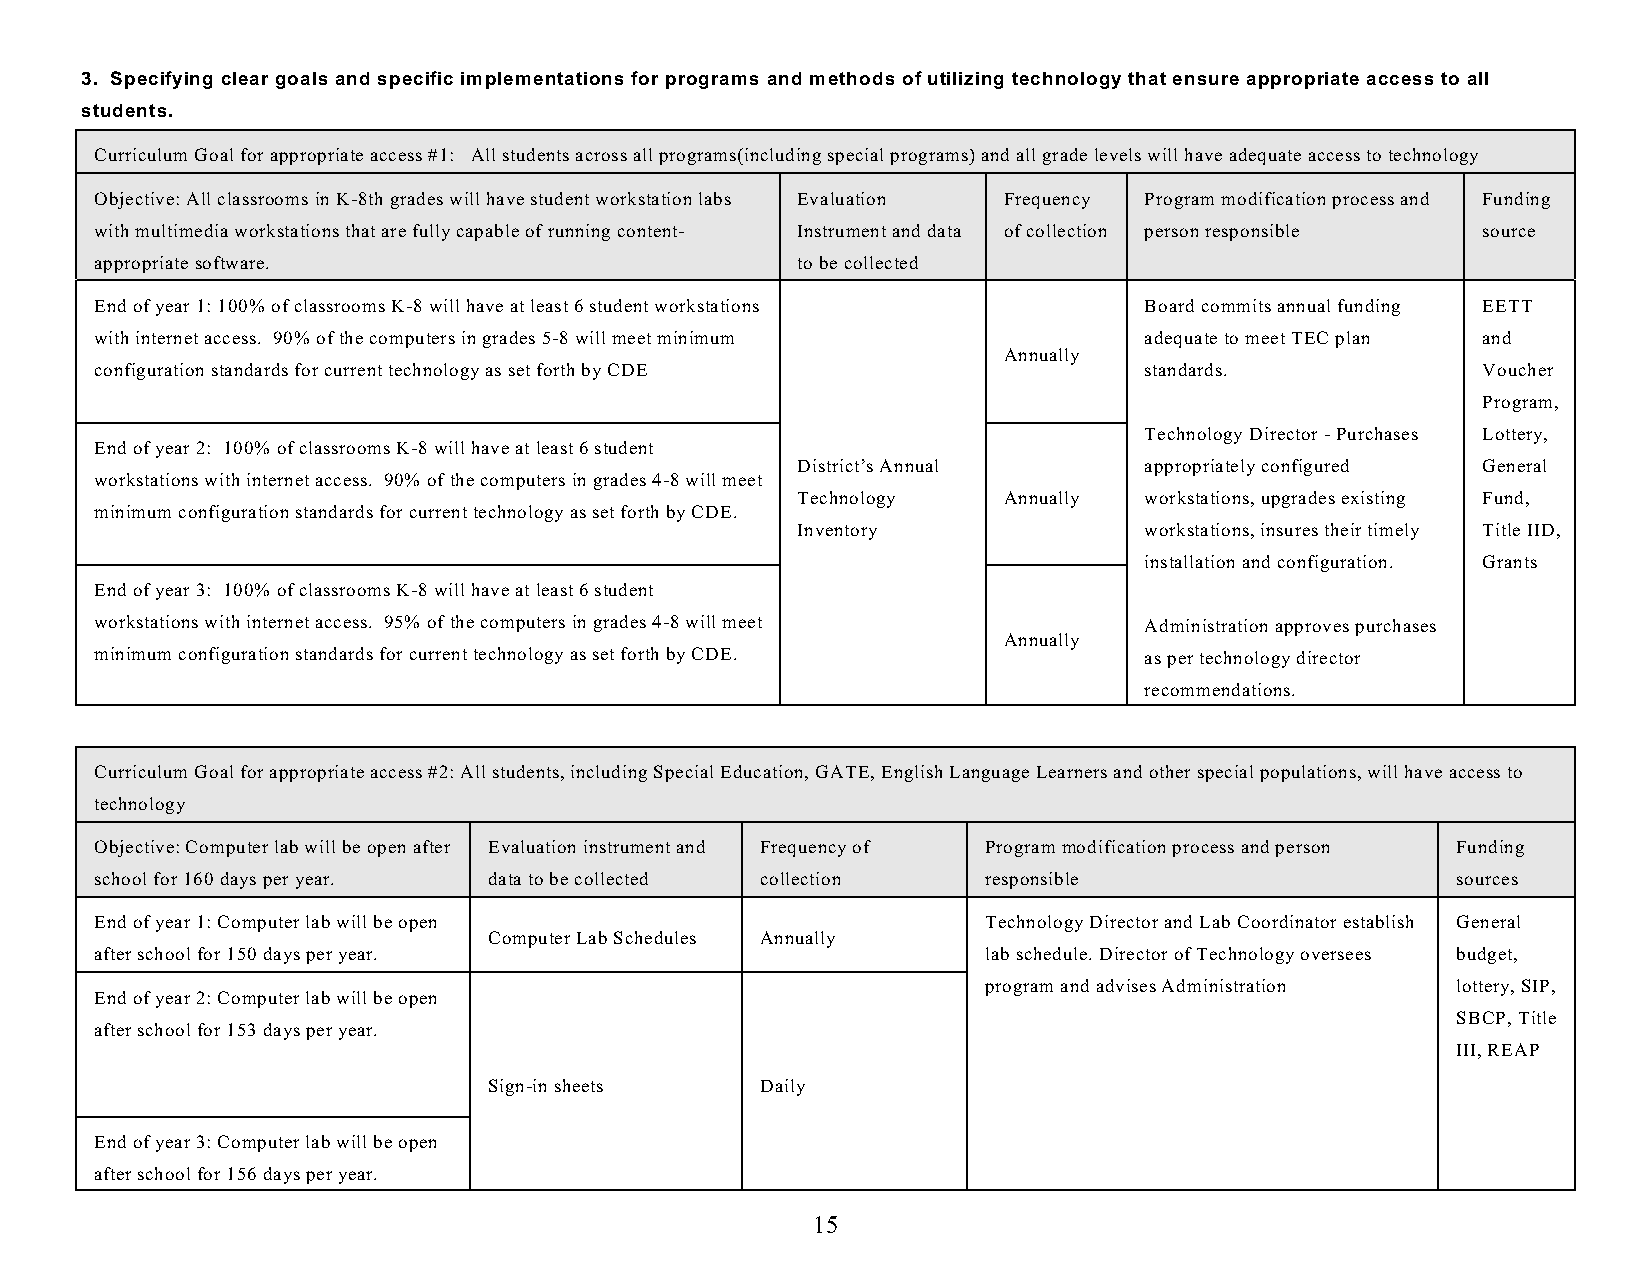
3. Specifying clear goals and specific implementations for programs and methods of utilizing technology that ensure appropriate access to all
 students.
 Curriculum Goal for appropriate access #1: All students across all programs(including special programs) and all grade levels will have adequate access to technology
 Objective: All classrooms in K-8th grades will have student workstation labs Evaluation Frequency Program modification process and Funding
 with multimedia workstations that are fully capable of running content- Instrument and data of collection person responsible source
 appropriate software.                          to be collected
 End of year 1: 100% of classrooms K-8 will have at least 6 student workstations Board commits annual funding EETT
 with internet access. 90% of the computers in grades 5-8 will meet minimum adequate to meet TEC plan and
 Annually
 configuration standards for current technology as set forth by CDE    standards.            Voucher
 Program,
 Technology Director - Purchases Lottery,
 End of year 2: 100% of classrooms K-8 will have at least 6 student
 District’s Annual      appropriately configured General
 workstations with internet access. 90% of the computers in grades 4-8 will meet
 Technology   Annually  workstations, upgrades existing Fund,
 minimum configuration standards for current technology as set forth by CDE.
 Inventory              workstations, insures their timely Title IID,
 installation and configuration. Grants
 End of year 3: 100% of classrooms K-8 will have at least 6 student
 workstations with internet access. 95% of the computers in grades 4-8 will meet Administration approves purchases
 Annually
 minimum configuration standards for current technology as set forth by CDE. as per technology director
 recommendations.
 Curriculum Goal for appropriate access #2: All students, including Special Education, GATE, English Language Learners and other special populations, will have access to
 technology
 Objective: Computer lab will be open after Evaluation instrument and Frequency of Program modification process and person Funding
 school for 160 days per year. data to be collected collection responsible                 sources
 End of year 1: Computer lab will be open                   Technology Director and Lab Coordinator establish General
 Computer Lab Schedules Annually
 after school for 150 days per year.                        lab schedule. Director of Technology oversees budget,
 program and advises Administration lottery, SIP,
 End of year 2: Computer lab will be open
 SBCP, Title
 after school for 153 days per year.
 III, REAP
 Sign-in sheets    Daily
 End of year 3: Computer lab will be open
 after school for 156 days per year.
 15